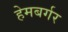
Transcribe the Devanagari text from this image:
हेमबर्गर